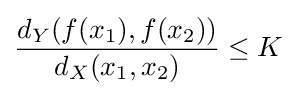
{\frac {d_{Y}(f(x_{1}),f(x_{2}))}{d_{X}(x_{1},x_{2})}}\leq K